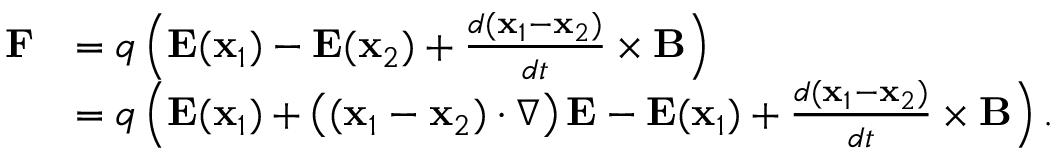
{ \begin{array} { r l } { \mathbf { F } } & { = q \left( \mathbf { E } ( \mathbf { x } _ { 1 } ) - \mathbf { E } ( \mathbf { x } _ { 2 } ) + { \frac { d ( \mathbf { x } _ { 1 } - \mathbf { x } _ { 2 } ) } { d t } } \times \mathbf { B } \right) } \\ & { = q \left( \mathbf { E } ( \mathbf { x } _ { 1 } ) + \left( ( \mathbf { x } _ { 1 } - \mathbf { x } _ { 2 } ) \cdot \nabla \right) \mathbf { E } - \mathbf { E } ( \mathbf { x } _ { 1 } ) + { \frac { d ( \mathbf { x } _ { 1 } - \mathbf { x } _ { 2 } ) } { d t } } \times \mathbf { B } \right) . } \end{array} }